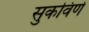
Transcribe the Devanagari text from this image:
सुकविणे